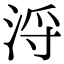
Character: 浖